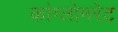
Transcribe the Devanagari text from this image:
कांग्लोमरेट